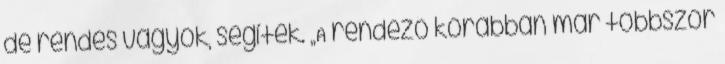
de rendes vagyok, segítek. „A rendező korábban már többször